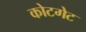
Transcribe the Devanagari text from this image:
कोटगेट